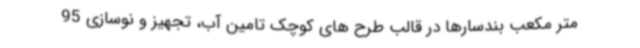
متر مکعب بندسارها در قالب طرح های کوچک تامین آب، تجهیز و نوسازی 95